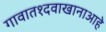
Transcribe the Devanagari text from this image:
गावात१दवाखानाआहे